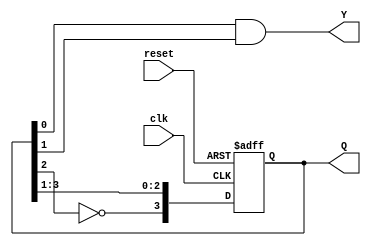
module johnson_counter (
    input wire clk,        // Clock signal
    input wire reset,      // Asynchronous reset
    output reg [n-1:0] Q,  // State output
    output reg Y           // Output based on the current state
);
    parameter n = 4; // Number of flip-flops (adjust as needed)

    // State transition logic
    always @(posedge clk or posedge reset) begin
        if (reset) begin
            Q <= 0; // Initialize state to 0 on reset
        end else begin
            Q <= {~Q[n-2], Q[n-1:1]}; // Johnson counter state transition
        end
    end

    // Output logic (Moore output)
    always @(*) begin
        // Example output logic: Y can be defined as needed
        Y = Q[0] & Q[1]; // Example output based on the current state
    end

endmodule